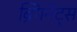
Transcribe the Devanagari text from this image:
ब्रिगनेट्स